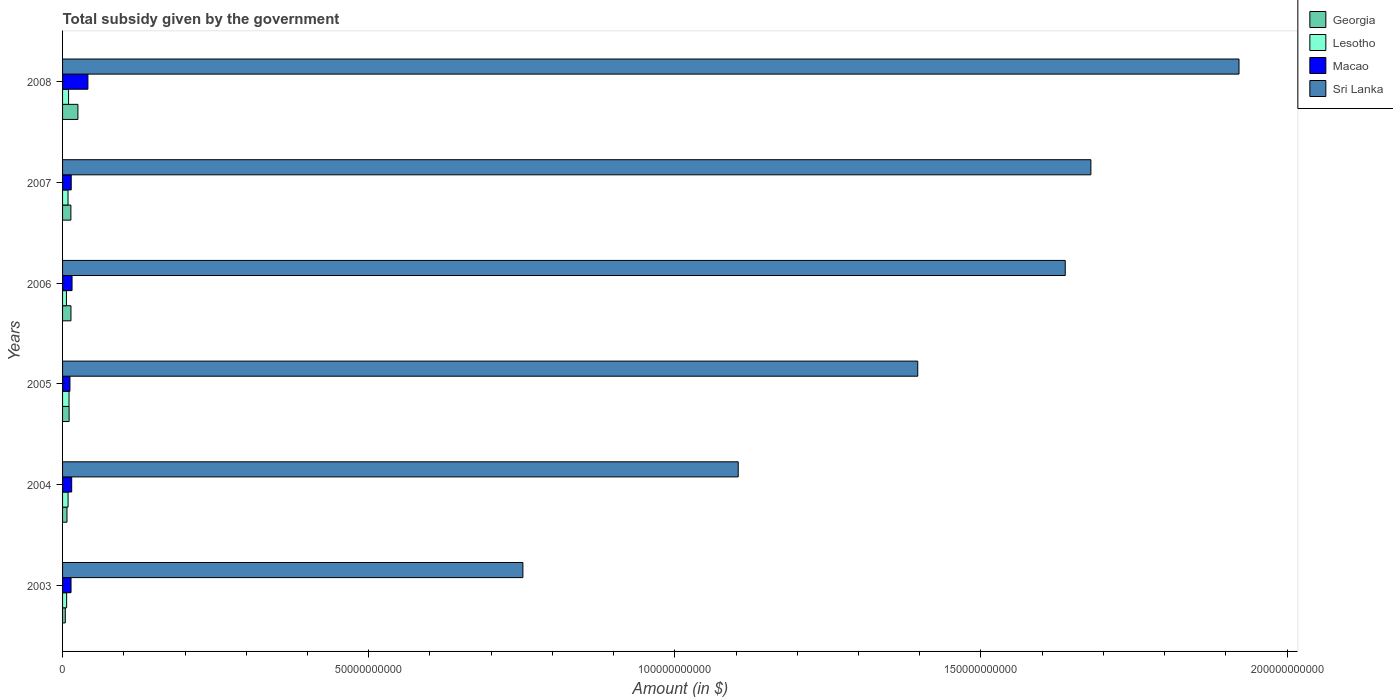
| Years | Georgia | Lesotho | Macao | Sri Lanka |
 | --- | --- | --- | --- | --- |
 | 2003 | 4.46e+08 | 6.65e+08 | 1.38e+09 | 7.52e+10 |
 | 2004 | 7.21e+08 | 8.99e+08 | 1.49e+09 | 1.1e+11 |
 | 2005 | 1.07e+09 | 1.06e+09 | 1.2e+09 | 1.4e+11 |
 | 2006 | 1.37e+09 | 6.32e+08 | 1.55e+09 | 1.64e+11 |
 | 2007 | 1.36e+09 | 8.93e+08 | 1.41e+09 | 1.68e+11 |
 | 2008 | 2.51e+09 | 9.82e+08 | 4.14e+09 | 1.92e+11 |